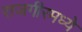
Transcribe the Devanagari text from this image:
राजगीरमध्ये